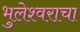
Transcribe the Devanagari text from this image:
भुलेश्वराचा